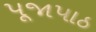
પૂજાપાઠ